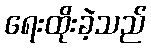
ရေးထိုးခဲ့သည်